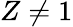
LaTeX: Z\neq 1